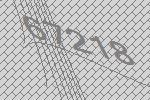
67218